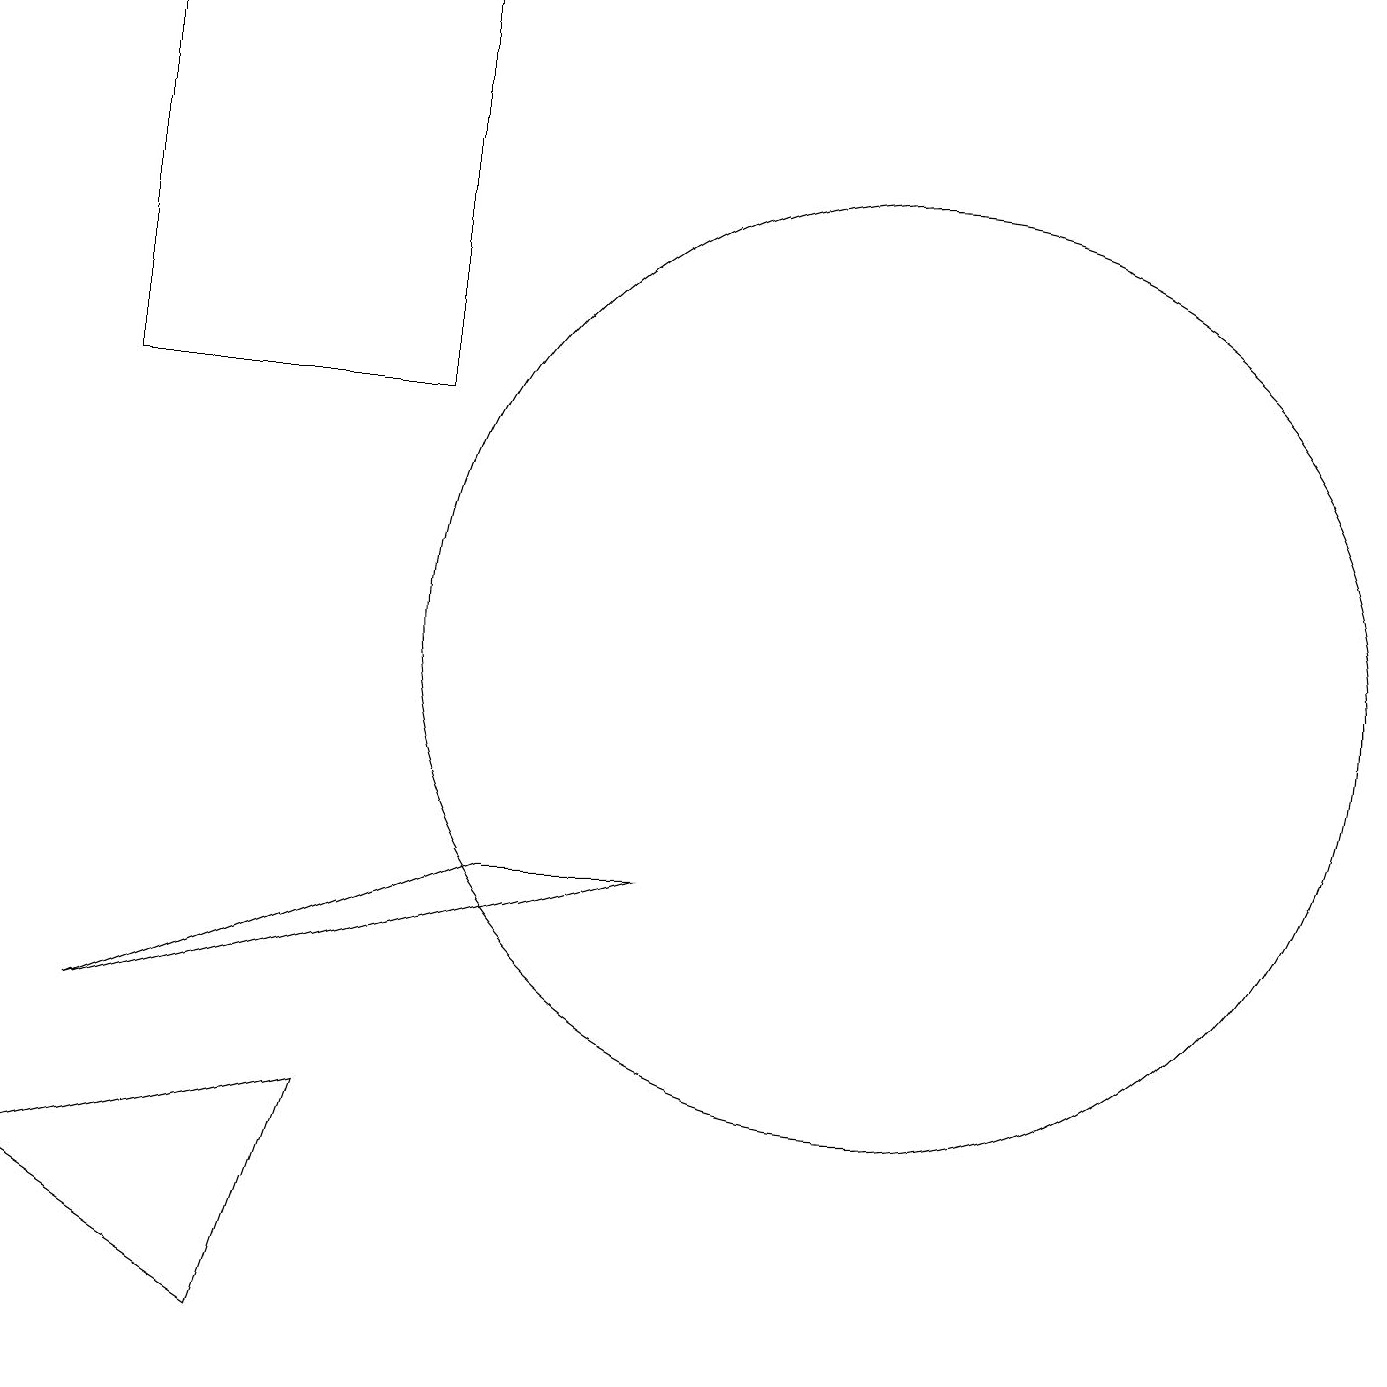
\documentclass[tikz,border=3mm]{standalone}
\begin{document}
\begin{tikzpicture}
\draw (12,10) circle (6);
\draw (6,13) rectangle (2,18);
\draw (2,5) -- (9,7) -- (7,7) -- cycle;
\draw (1,3) -- (5,4) -- (4,1) -- cycle;
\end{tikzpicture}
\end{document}